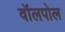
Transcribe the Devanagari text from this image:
वॉलपोल